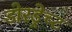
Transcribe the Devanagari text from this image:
डोरड्रेच्ट